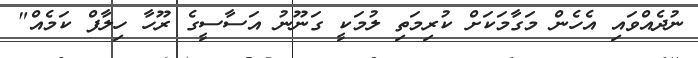
ނުދެއްވައި އެހެން މަގާމަކަށް ކުރިމަތި ލުމަކީ ގަނޫނު އަސާސީގެ ރޫހާ ހިލާފް ކަމެއް"